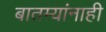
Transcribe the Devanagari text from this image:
बातम्यांनाही